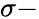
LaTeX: \sigma-